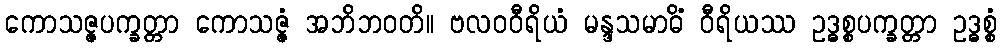
ကောသဇ္ဇပက္ခတ္တာ ကောသဇ္ဇံ အဘိဘဝတိ။ ဗလဝဝီရိယံ မန္ဒသမာဓိံ ဝီရိယဿ ဥဒ္ဓစ္စပက္ခတ္တာ ဥဒ္ဓစ္စံ